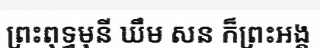
ព្រះពុទ្ធមុនី ឃឹម សន ក៏ព្រះអង្គ